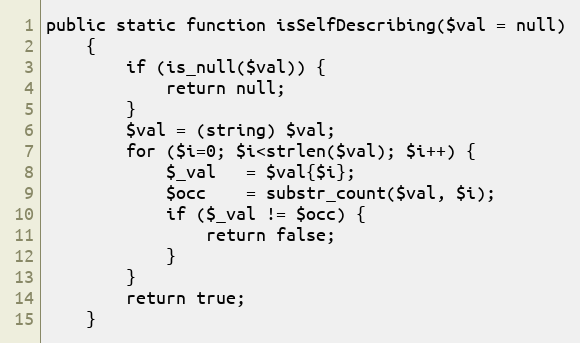
Language: PHP
public static function isSelfDescribing($val = null)
    {
        if (is_null($val)) {
            return null;
        }
        $val = (string) $val;
        for ($i=0; $i<strlen($val); $i++) {
            $_val   = $val{$i};
            $occ    = substr_count($val, $i);
            if ($_val != $occ) {
                return false;
            }
        }
        return true;
    }